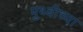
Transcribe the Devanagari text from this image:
पुथ्वीच्या